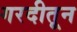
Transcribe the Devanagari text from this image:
गरदीतून